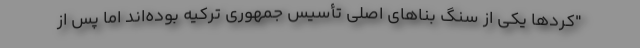
"کردها یکی از سنگ بناهای اصلی تأسیس جمهوری ترکیه بوده‌اند اما پس از